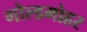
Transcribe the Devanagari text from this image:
गोल्डमोहर